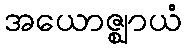
အယောဇ္ဈာယံ